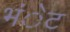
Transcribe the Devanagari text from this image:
भंेट